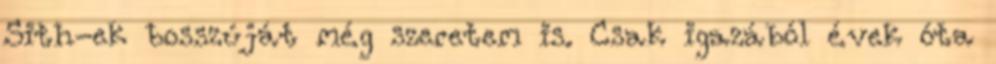
Sith-ek bosszúját még szeretem is. Csak igazából évek óta